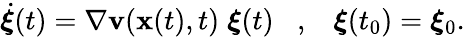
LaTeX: \dot{{\boldsymbol\xi}}(t)=\nabla{\mathbf v}({\mathbf x}(t),t)\; {\boldsymbol\xi}(t)\; \; \; ,\; \; \; {\boldsymbol\xi}(t_{0})={\boldsymbol\xi}_{0}.